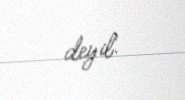
deyil.